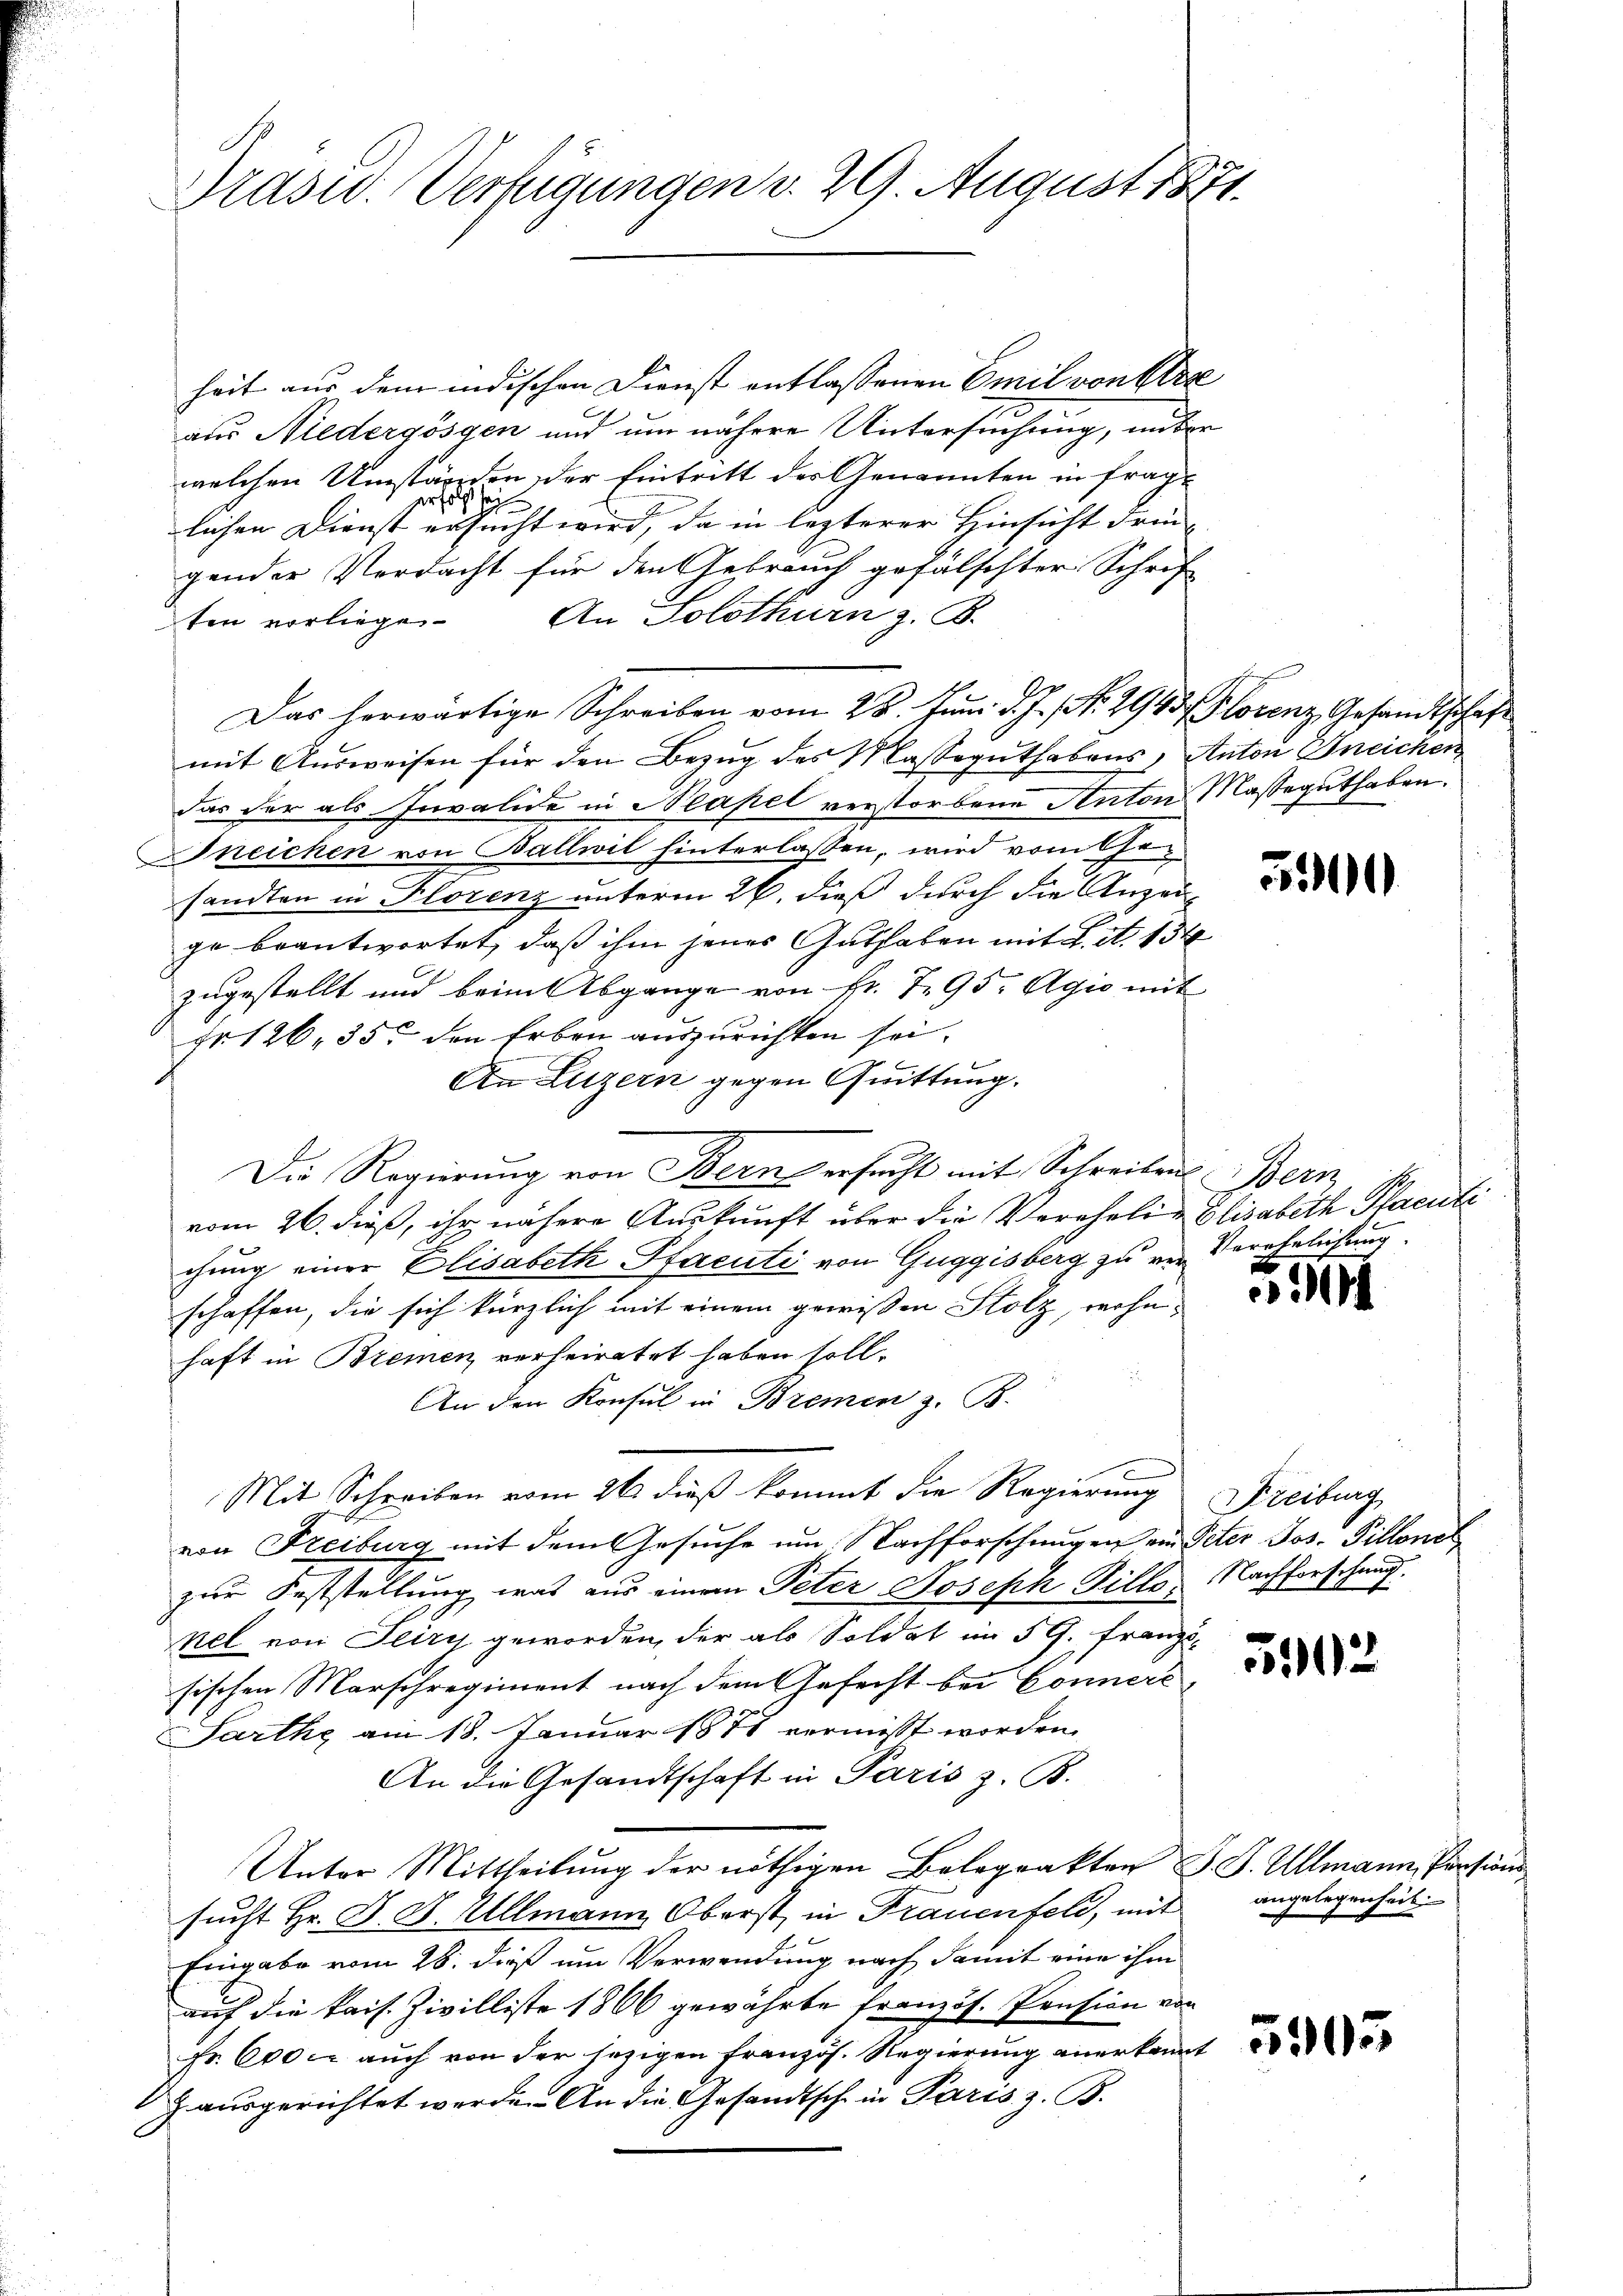
Präsid. Verfügungen v. 29. August 1871.

heit aus dem indischen Dienst entlassenen Emil von Stre
aus Niedergösgen und um nähere Untersuchung, unter
welchen Umständen der Eintritt des Genannten in frag-
erfels sei
lichen Dienst ersucht wird, da in lezterer Hinsicht drin-
gender Verdacht für den Gebrauch gefälschter Schrif
ten vorliege. An Solothurn z. B.
Das herwärtige Schreiben vom 28. Juni d. J. Nr. 2943 Florenz Gesandtschaft
mit Ausweisen für den Bezug des Masseguthabens, Anton Bneichen
das der als Invalide in Neapel verstorbene Anton Masseguthaben.
Bneichen von Ballwil hinterlassen, wird vom Gesandten in Florenz unterm 26. dieß durch die Anzeige beantwortet, daß ihm jenes Guthaben mit L. N. 134
zugestellt und beim Abgange von Fr. 795. Agio mit
Hr 126, 355 den Erben auszurichten sei.
An Luzern gegen Quittung.
Die Regierung von Bern ersucht mit Schreibens Bern
vom 26. dieß, ihr nähere Auskunft über die Verehelin Elisabeth Placuti
chung einer Elisabeth Pfacuti von Guggisberg zu ver Verehelichung
schaffen, die sich kürzlich mit einem gewissen Stolz, wohnhaft in Bremen verheiratet haben soll.
An den Konsul in Bremen z. B.
Mit Schreiben vom 26 dieß kommt die Regierung
von Freiburg mit dem Gesuche um Nachforschungen ein Peter Jos. Pillonol
zur Feststellung, was aus einem Peter Joseph Billo, Nachforschung.
nel von Seizy geworden, der als Soldat im 5. Franz-
sischen Marschregiment nach dem Gefecht bei Connere
Sarthe am 18. Januar 1878 vermisst worden.
An die Gesandtschaft in Paris z. B.
Unter Mittheilung der nöthigen Belegrakten J. J. Ullmann, Pensions
sucht Hr. J. J. Ullmann Oberst in Frauenfeld, mit
Eingabe vom 28. dieß um Verwendung nach damit eine ihm
auf die kais. Zivilliste 1866 gewährte französ. Pension von
Fr. 600. auch von der jezigen französ. Regierung anerkannt
& ausgerichtet werden. An die Gesandtsch in Paris, z. B.

500

E

2

Freiburg

512

angelegenheit.

5305